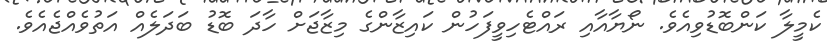
ކެމީލާ ކަންބޮޑުވިއެވެ. ނޯޔާއާއި ރައްޓެހިވީފަހުން ކައިޒާންގެ މިޒާޖަށް ހާދަ ބޮޑު ބަދަލެއް އަތުވެއްޖެއެވެ.